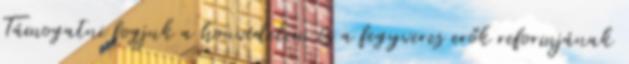
Támogatni fogjuk a honvédelem és a fegyveres erők reformjának